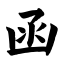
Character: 函